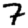
Digit: 7